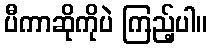
ပီကာဆိုကိုပဲ ကြည့်ပါ။